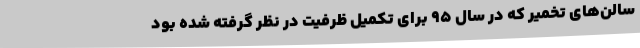
سالن‌های تخمیر که در سال ۹۵ برای تکمیل ظرفیت در نظر گرفته شده بود